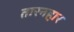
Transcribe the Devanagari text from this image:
तारनहार